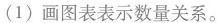
(1)画图表表示数量关系。